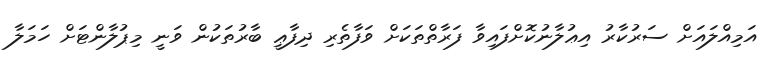
އަމިއްލައަށް ސަރުކާރު އިޢުލާނުކޮށްފައިވާ ފަރާތްތަކަށް ވަފާތެރި ދިފާޢީ ބާރުތަކުން ވަނީ މިޕުލާންޓަށް ހަމަލާ